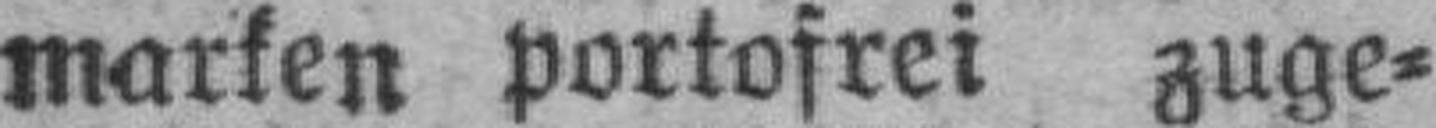
marken portofrei zuge¬